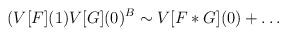
LaTeX: \begin{align*}(V[F](1) V[G](0)^B \sim V[F*G](0) + \dots\end{align*}